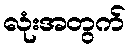
လုံးအတွက်